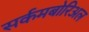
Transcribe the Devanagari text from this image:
सर्कमबोरिअल